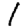
Digit: 1